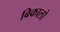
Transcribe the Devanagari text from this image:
बिकालो